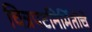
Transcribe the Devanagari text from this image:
चित्रपटनिर्मितीचे